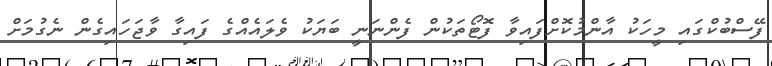
ފޭސްބުކްގައި މީހަކު އާންމުކޮށްފައިވާ ފޮޓޯތަކުން ފެންނަނީ ބަޔަކު ވެލައެއްގެ ފައިގާ ވާޖަހައިގެން ނެގުމަށް